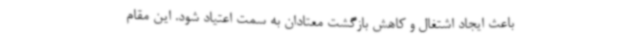
باعث ایجاد اشتغال و کاهش بازگشت معتادان به سمت اعتیاد شود. این مقام